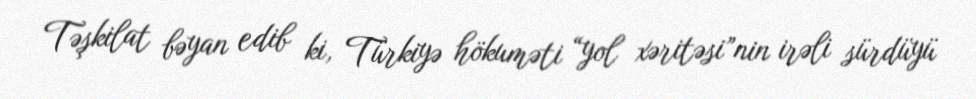
Təşkilat bəyan edib ki, Türkiyə hökuməti “yol xəritəsi”nin irəli sürdüyü